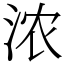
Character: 浓